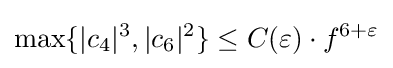
\max\{\vert c_{4}\vert ^{3},\vert c_{6}\vert ^{2}\}\leq C(\varepsilon )\cdot f^{6+\varepsilon }